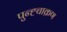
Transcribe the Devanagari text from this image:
पुन्ह्चाक्रण